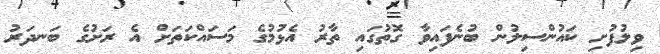
ވިލުފުށި ކައުންސިލުން ބުނެފައިވާ ގޮތުގައި ތާރު އެޅުމުގެ މަސައްކަތަށް އެ ރަށުގެ ބަނދަރު